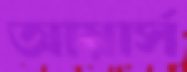
আয়ার্স